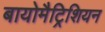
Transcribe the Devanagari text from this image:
बायोमैट्रिशियन